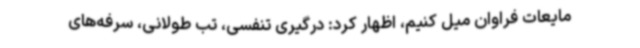
مایعات فراوان میل کنیم، اظهار کرد: درگیری تنفسی، تب طولانی، سرفه‌های